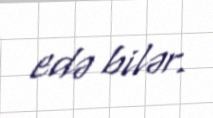
edə bilər.